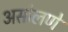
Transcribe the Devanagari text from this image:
असोलणें